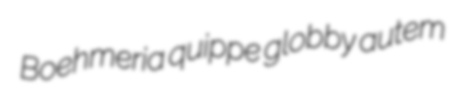
Boehmeria quippe globby autem